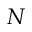
N